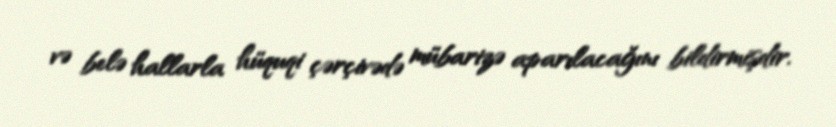
və belə hallarla hüquqi çərçivədə mübarizə aparılacağını bildirmişdir.